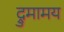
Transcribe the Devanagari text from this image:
द्रुमामय